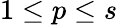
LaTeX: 1\le p\le s